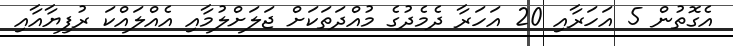
އެގޮތުން 5 އަހަރާއި 20 އަހަރާ ދެމެދުގެ މުއްދަތަކަށް ޖަލަށްލުމާއި އެއްލައްކަ ރުފިޔާއާއި